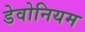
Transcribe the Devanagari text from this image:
डेवोनियम